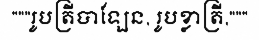
"""រូបត្រីបាឡែន, រូបខ្លាត្រី,"""